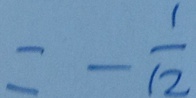
= - \frac { 1 } { 1 2 }